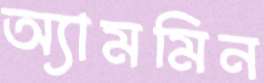
অ্যামমিন